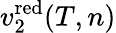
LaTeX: v_{2}^{\mathrm{red}}(T,n)